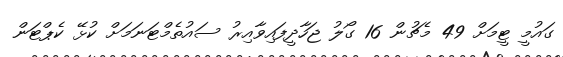
ގައުމީ ޓީމަށް 49 މެޗުން 16 ގޯލު ޖަހާދީފައިވާއިރު ސައުތެމްޓަނަމަށް ކުޅޭ ކެޕްޓަން